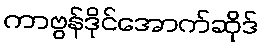
ကာဗွန်ဒိုင်အောက်ဆိုဒ်